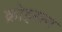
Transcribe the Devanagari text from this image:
क्रोइसन